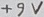
Text: +9V